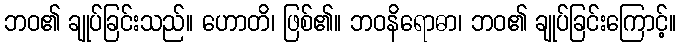
ဘဝ၏ ချုပ်ခြင်းသည်။ ဟောတိ၊ ဖြစ်၏။ ဘဝနိရောဓာ၊ ဘဝ၏ ချုပ်ခြင်းကြောင့်။